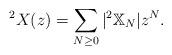
LaTeX: \begin{align*}^2X(z) = \sum_{N\ge 0} |^2\mathbb{X}_N| z^N.\end{align*}